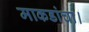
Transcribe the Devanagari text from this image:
माकडांचा।